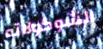
الشوكولاته